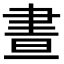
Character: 晝